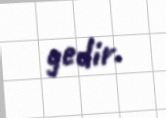
gedir.